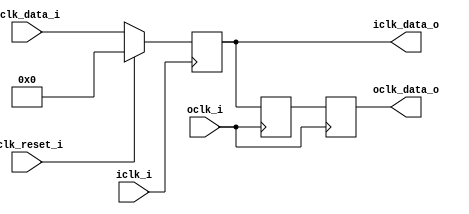


module bsg_launch_sync_sync_posedge_8_unit
(
  iclk_i,
  iclk_reset_i,
  oclk_i,
  iclk_data_i,
  iclk_data_o,
  oclk_data_o
);

  input [7:0] iclk_data_i;
  output [7:0] iclk_data_o;
  output [7:0] oclk_data_o;
  input iclk_i;
  input iclk_reset_i;
  input oclk_i;
  wire N0,N1,N2,N3,N4,N5,N6,N7,N8,N9,N10;
  reg [7:0] iclk_data_o,bsg_SYNC_1_r,oclk_data_o;
  assign { N10, N9, N8, N7, N6, N5, N4, N3 } = (N0)? { 1'b0, 1'b0, 1'b0, 1'b0, 1'b0, 1'b0, 1'b0, 1'b0 } : 
                                               (N1)? iclk_data_i : 1'b0;
  assign N0 = iclk_reset_i;
  assign N1 = N2;
  assign N2 = ~iclk_reset_i;

  always @(posedge iclk_i) begin
    if(1'b1) begin
      { iclk_data_o[7:0] } <= { N10, N9, N8, N7, N6, N5, N4, N3 };
    end 
  end


  always @(posedge oclk_i) begin
    if(1'b1) begin
      { bsg_SYNC_1_r[7:0] } <= { iclk_data_o[7:0] };
      { oclk_data_o[7:0] } <= { bsg_SYNC_1_r[7:0] };
    end 
  end


endmodule



module bsg_launch_sync_sync_width_p128
(
  iclk_i,
  iclk_reset_i,
  oclk_i,
  iclk_data_i,
  iclk_data_o,
  oclk_data_o
);

  input [127:0] iclk_data_i;
  output [127:0] iclk_data_o;
  output [127:0] oclk_data_o;
  input iclk_i;
  input iclk_reset_i;
  input oclk_i;
  wire [127:0] iclk_data_o,oclk_data_o;

  bsg_launch_sync_sync_posedge_8_unit
  sync_p_maxb_0__blss
  (
    .iclk_i(iclk_i),
    .iclk_reset_i(iclk_reset_i),
    .oclk_i(oclk_i),
    .iclk_data_i(iclk_data_i[7:0]),
    .iclk_data_o(iclk_data_o[7:0]),
    .oclk_data_o(oclk_data_o[7:0])
  );


  bsg_launch_sync_sync_posedge_8_unit
  sync_p_maxb_1__blss
  (
    .iclk_i(iclk_i),
    .iclk_reset_i(iclk_reset_i),
    .oclk_i(oclk_i),
    .iclk_data_i(iclk_data_i[15:8]),
    .iclk_data_o(iclk_data_o[15:8]),
    .oclk_data_o(oclk_data_o[15:8])
  );


  bsg_launch_sync_sync_posedge_8_unit
  sync_p_maxb_2__blss
  (
    .iclk_i(iclk_i),
    .iclk_reset_i(iclk_reset_i),
    .oclk_i(oclk_i),
    .iclk_data_i(iclk_data_i[23:16]),
    .iclk_data_o(iclk_data_o[23:16]),
    .oclk_data_o(oclk_data_o[23:16])
  );


  bsg_launch_sync_sync_posedge_8_unit
  sync_p_maxb_3__blss
  (
    .iclk_i(iclk_i),
    .iclk_reset_i(iclk_reset_i),
    .oclk_i(oclk_i),
    .iclk_data_i(iclk_data_i[31:24]),
    .iclk_data_o(iclk_data_o[31:24]),
    .oclk_data_o(oclk_data_o[31:24])
  );


  bsg_launch_sync_sync_posedge_8_unit
  sync_p_maxb_4__blss
  (
    .iclk_i(iclk_i),
    .iclk_reset_i(iclk_reset_i),
    .oclk_i(oclk_i),
    .iclk_data_i(iclk_data_i[39:32]),
    .iclk_data_o(iclk_data_o[39:32]),
    .oclk_data_o(oclk_data_o[39:32])
  );


  bsg_launch_sync_sync_posedge_8_unit
  sync_p_maxb_5__blss
  (
    .iclk_i(iclk_i),
    .iclk_reset_i(iclk_reset_i),
    .oclk_i(oclk_i),
    .iclk_data_i(iclk_data_i[47:40]),
    .iclk_data_o(iclk_data_o[47:40]),
    .oclk_data_o(oclk_data_o[47:40])
  );


  bsg_launch_sync_sync_posedge_8_unit
  sync_p_maxb_6__blss
  (
    .iclk_i(iclk_i),
    .iclk_reset_i(iclk_reset_i),
    .oclk_i(oclk_i),
    .iclk_data_i(iclk_data_i[55:48]),
    .iclk_data_o(iclk_data_o[55:48]),
    .oclk_data_o(oclk_data_o[55:48])
  );


  bsg_launch_sync_sync_posedge_8_unit
  sync_p_maxb_7__blss
  (
    .iclk_i(iclk_i),
    .iclk_reset_i(iclk_reset_i),
    .oclk_i(oclk_i),
    .iclk_data_i(iclk_data_i[63:56]),
    .iclk_data_o(iclk_data_o[63:56]),
    .oclk_data_o(oclk_data_o[63:56])
  );


  bsg_launch_sync_sync_posedge_8_unit
  sync_p_maxb_8__blss
  (
    .iclk_i(iclk_i),
    .iclk_reset_i(iclk_reset_i),
    .oclk_i(oclk_i),
    .iclk_data_i(iclk_data_i[71:64]),
    .iclk_data_o(iclk_data_o[71:64]),
    .oclk_data_o(oclk_data_o[71:64])
  );


  bsg_launch_sync_sync_posedge_8_unit
  sync_p_maxb_9__blss
  (
    .iclk_i(iclk_i),
    .iclk_reset_i(iclk_reset_i),
    .oclk_i(oclk_i),
    .iclk_data_i(iclk_data_i[79:72]),
    .iclk_data_o(iclk_data_o[79:72]),
    .oclk_data_o(oclk_data_o[79:72])
  );


  bsg_launch_sync_sync_posedge_8_unit
  sync_p_maxb_10__blss
  (
    .iclk_i(iclk_i),
    .iclk_reset_i(iclk_reset_i),
    .oclk_i(oclk_i),
    .iclk_data_i(iclk_data_i[87:80]),
    .iclk_data_o(iclk_data_o[87:80]),
    .oclk_data_o(oclk_data_o[87:80])
  );


  bsg_launch_sync_sync_posedge_8_unit
  sync_p_maxb_11__blss
  (
    .iclk_i(iclk_i),
    .iclk_reset_i(iclk_reset_i),
    .oclk_i(oclk_i),
    .iclk_data_i(iclk_data_i[95:88]),
    .iclk_data_o(iclk_data_o[95:88]),
    .oclk_data_o(oclk_data_o[95:88])
  );


  bsg_launch_sync_sync_posedge_8_unit
  sync_p_maxb_12__blss
  (
    .iclk_i(iclk_i),
    .iclk_reset_i(iclk_reset_i),
    .oclk_i(oclk_i),
    .iclk_data_i(iclk_data_i[103:96]),
    .iclk_data_o(iclk_data_o[103:96]),
    .oclk_data_o(oclk_data_o[103:96])
  );


  bsg_launch_sync_sync_posedge_8_unit
  sync_p_maxb_13__blss
  (
    .iclk_i(iclk_i),
    .iclk_reset_i(iclk_reset_i),
    .oclk_i(oclk_i),
    .iclk_data_i(iclk_data_i[111:104]),
    .iclk_data_o(iclk_data_o[111:104]),
    .oclk_data_o(oclk_data_o[111:104])
  );


  bsg_launch_sync_sync_posedge_8_unit
  sync_p_maxb_14__blss
  (
    .iclk_i(iclk_i),
    .iclk_reset_i(iclk_reset_i),
    .oclk_i(oclk_i),
    .iclk_data_i(iclk_data_i[119:112]),
    .iclk_data_o(iclk_data_o[119:112]),
    .oclk_data_o(oclk_data_o[119:112])
  );


  bsg_launch_sync_sync_posedge_8_unit
  sync_p_maxb_15__blss
  (
    .iclk_i(iclk_i),
    .iclk_reset_i(iclk_reset_i),
    .oclk_i(oclk_i),
    .iclk_data_i(iclk_data_i[127:120]),
    .iclk_data_o(iclk_data_o[127:120]),
    .oclk_data_o(oclk_data_o[127:120])
  );


endmodule